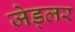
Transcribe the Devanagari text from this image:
जेड्लर